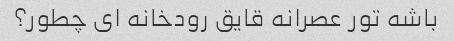
باشه تور عصرانه قایق رودخانه ای چطور؟